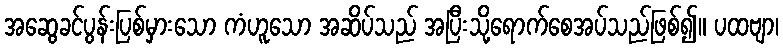
အဆွေခင်ပွန်းပြစ်မှားသော ကံဟူသော အဆိပ်သည် အပြီးသို့ရောက်စေအပ်သည်ဖြစ်၍။ ပထဗျာ၊